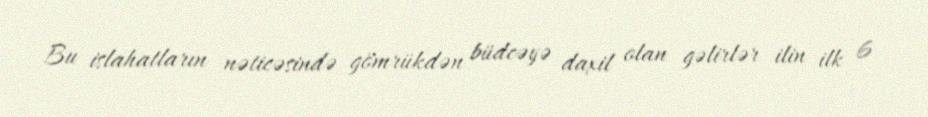
Bu islahatların nəticəsində gömrükdən büdcəyə daxil olan gəlirlər ilin ilk 6